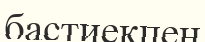
бастиекпен